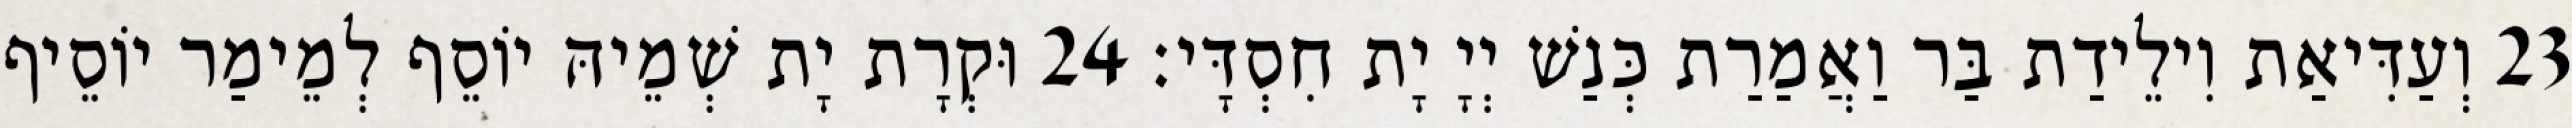
23 וְעַדִּיאַת וִילֵידַת בַּר וַאֲמַרַת כְּנַשׁ יְיָ יָת חִסְדָּי׃ 24 וּקְרָת יָת שְׁמֵיהּ יוֹסֵף לְמֵימַר יוֹסֵיף